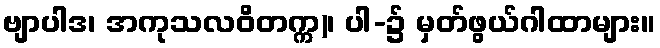
ဗျာပါဒ၊ အကုသလဝိတက္က)၊ ပါ-၌ မှတ်ဖွယ်ဂါထာများ။